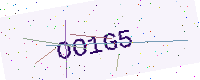
Text: OO1G5